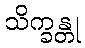
သိက္ခန္တု